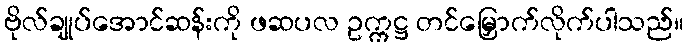
ဗိုလ်ချုပ်အောင်ဆန်းကို ဖဆပလ ဥက္ကဋ္ဌ တင်မြှောက်လိုက်ပါသည်။